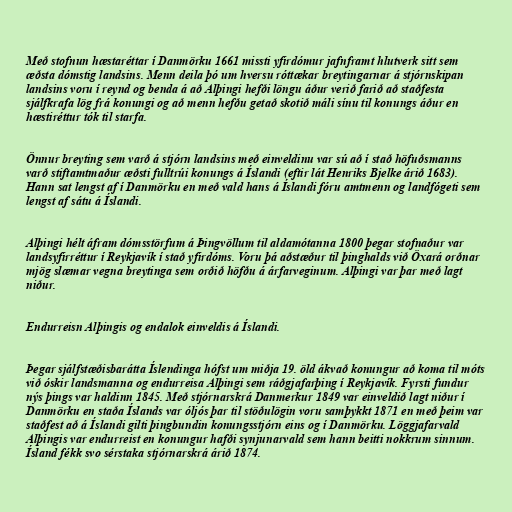
Með stofnun hæstaréttar í Danmörku 1661 missti yfirdómur jafnframt hlutverk sitt sem
æðsta dómstig landsins. Menn deila þó um hversu róttækar breytingarnar á stjórnskipan
landsins voru í reynd og benda á að Alþingi hefði löngu áður verið farið að staðfesta
sjálfkrafa lög frá konungi og að menn hefðu getað skotið máli sínu til konungs áður en
hæstiréttur tók til starfa.

Önnur breyting sem varð á stjórn landsins með einveldinu var sú að í stað höfuðsmanns
varð stiftamtmaður æðsti fulltrúi konungs á Íslandi (eftir lát Henriks Bjelke árið 1683).
Hann sat lengst af í Danmörku en með vald hans á Íslandi fóru amtmenn og landfógeti sem
lengst af sátu á Íslandi.

Alþingi hélt áfram dómsstörfum á Þingvöllum til aldamótanna 1800 þegar stofnaður var
landsyfirréttur í Reykjavík í stað yfirdóms. Voru þá aðstæður til þinghalds við Öxará orðnar
mjög slæmar vegna breytinga sem orðið höfðu á árfarveginum. Alþingi var þar með lagt
niður.

Endurreisn Alþingis og endalok einveldis á Íslandi.

Þegar sjálfstæðisbarátta Íslendinga hófst um miðja 19. öld ákvað konungur að koma til móts
við óskir landsmanna og endurreisa Alþingi sem ráðgjafarþing í Reykjavík. Fyrsti fundur
nýs þings var haldinn 1845. Með stjórnarskrá Danmerkur 1849 var einveldið lagt niður í
Danmörku en staða Íslands var óljós þar til stöðulögin voru samþykkt 1871 en með þeim var
staðfest að á Íslandi gilti þingbundin konungsstjórn eins og í Danmörku. Löggjafarvald
Alþingis var endurreist en konungur hafði synjunarvald sem hann beitti nokkrum sinnum.
Ísland fékk svo sérstaka stjórnarskrá árið 1874.